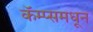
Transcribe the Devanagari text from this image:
कॅम्प्समधून